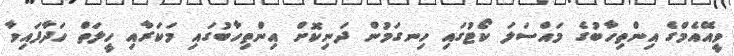
ވީއޭއެމްގެ އިންތިހާބުގެ މައްސަލަ ކޯޓުގައި ހިނގަމުން ދަނިކޮށް އިންތިހާބުގައި މަކަރާއި ހީލަތް ހަދާފައިވާ